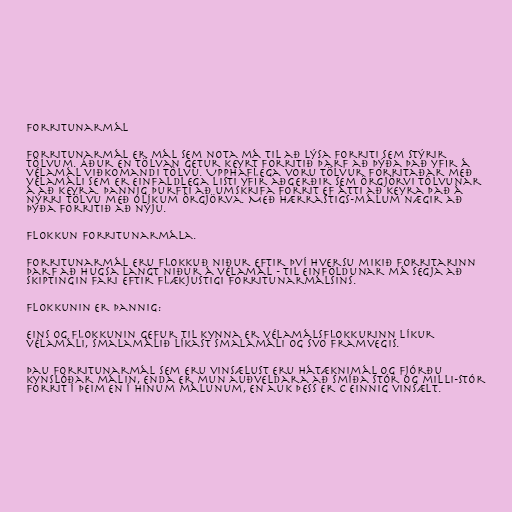
Forritunarmál

Forritunarmál er mál sem nota má til að lýsa forriti sem stýrir
tölvum. Áður en tölvan getur keyrt forritið þarf að þýða það yfir á
vélamál viðkomandi tölvu. Upphaflega voru tölvur forritaðar með
vélamáli sem er einfaldlega listi yfir aðgerðir sem örgjörvi tölvunar
á að keyra. Þannig þurfti að umskrifa forrit ef átti að keyra það á
nýrri tölvu með ólíkum örgjörva. Með hærrastigs-málum nægir að
þýða forritið að nýju.

Flokkun forritunarmála.

Forritunarmál eru flokkuð niður eftir því hversu mikið forritarinn
þarf að hugsa langt niður á vélamál - til einföldunar má segja að
skiptingin fari eftir flækjustigi forritunarmálsins.

Flokkunin er þannig:

Eins og flokkunin gefur til kynna er vélamálsflokkurinn líkur
vélamáli, smalamálið líkast smalamáli og svo framvegis.

Þau forritunarmál sem eru vinsælust eru hátæknimál og fjórðu
kynslóðar málin, enda er mun auðveldara að smíða stór og milli-stór
forrit í þeim en í hinum málunum, en auk þess er C einnig vinsælt.